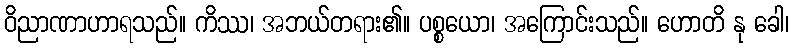
ဝိညာဏာဟာရသည်။ ကိဿ၊ အဘယ်တရား၏။ ပစ္စယော၊ အကြောင်းသည်။ ဟောတိ နု ခေါ၊